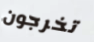
تخرجون